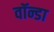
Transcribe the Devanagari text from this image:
वॉन्डा